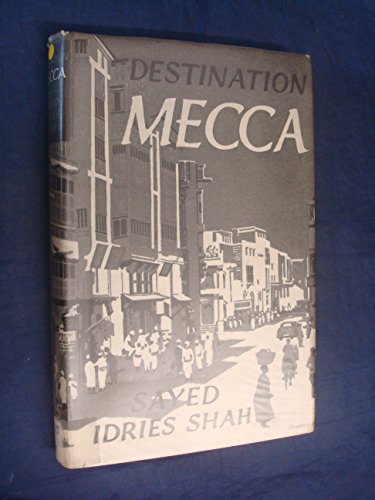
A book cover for Destination Mecca; Idries Shah; Religion & Spirituality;